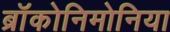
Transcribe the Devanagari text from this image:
ब्रॉकोनिमोनिया